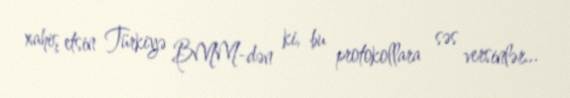
xahiş etsin Türkiyə BMM-dən ki, bu protokollara səs versinlər...